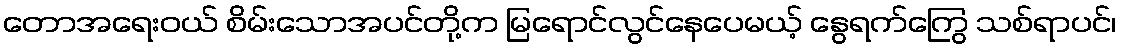
တောအရေးဝယ် စိမ်းသောအပင်တို့က မြရောင်လွင်နေပေမယ့် နွေရက်ကြွေ သစ်ရာပင်၊